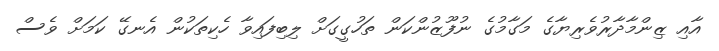
އާއި ޒިންމާދާރުވެެރިޔާގެ މަގާމުގެ ނުފޫޒުންކަން ތަހުގީގަށް ލިބިފައިވާ ހެކިތަކުން އެނގޭ ކަމަށް ވެސް